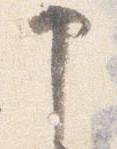
申